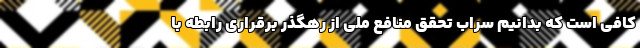
کافی است که بدانیم سراب تحقق منافع ملی از رهگذر برقراری رابطه با